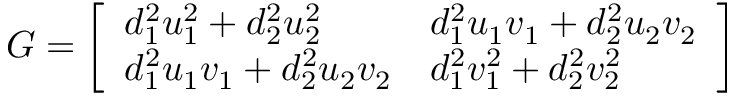
G = \left[ \begin{array} { l l } { d _ { 1 } ^ { 2 } u _ { 1 } ^ { 2 } + d _ { 2 } ^ { 2 } u _ { 2 } ^ { 2 } } & { d _ { 1 } ^ { 2 } u _ { 1 } v _ { 1 } + d _ { 2 } ^ { 2 } u _ { 2 } v _ { 2 } } \\ { d _ { 1 } ^ { 2 } u _ { 1 } v _ { 1 } + d _ { 2 } ^ { 2 } u _ { 2 } v _ { 2 } } & { d _ { 1 } ^ { 2 } v _ { 1 } ^ { 2 } + d _ { 2 } ^ { 2 } v _ { 2 } ^ { 2 } } \end{array} \right]